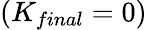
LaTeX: (K_{final}=0)